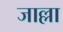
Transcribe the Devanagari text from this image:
जाल्ला